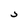
Character: s